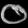
Digit: ၀